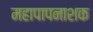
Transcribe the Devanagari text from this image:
महापापनाशक